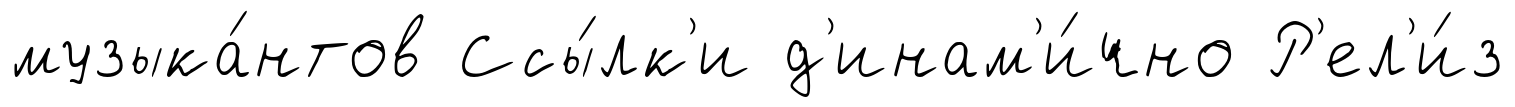
музыка́нтов Ссы́лк'и д'инам'и́чно Р'ел'и́з